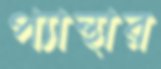
প্যান্থার